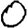
Digit: 0